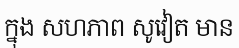
ក្នុង សហភាព សូវៀត មាន